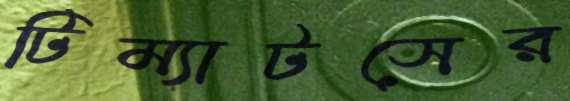
টিম্যাটসের